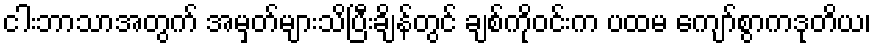
ငါးဘာသာအတွက် အမှတ်များသိပြီးချိန်တွင် ချစ်ကိုဝင်းက ပထမ ကျော်စွာကဒုတိယ၊